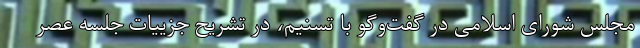
مجلس شورای اسلامی در گفت‌‌و‌گو با تسنیم، در تشریح جزییات جلسه عصر